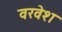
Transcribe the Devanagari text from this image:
वरवेश